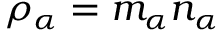
\rho _ { \alpha } = m _ { \alpha } n _ { \alpha }